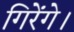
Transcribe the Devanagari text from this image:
गिरेंगे।